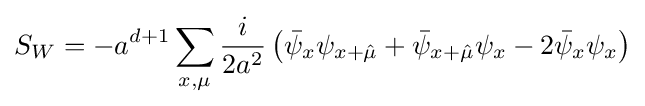
S_{W}=-a^{d+1}\sum _{x,\mu }{\frac {i}{2a^{2}}}\left({\bar {\psi }}_{x}\psi _{x+{\hat {\mu }}}+{\bar {\psi }}_{x+{\hat {\mu }}}\psi _{x}-2{\bar {\psi }}_{x}\psi _{x}\right)